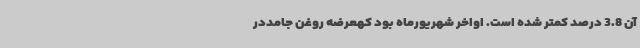
آن 3.8 درصد کمتر شده است. اواخر شهریورماه بود کهعرضه روغن جامددر